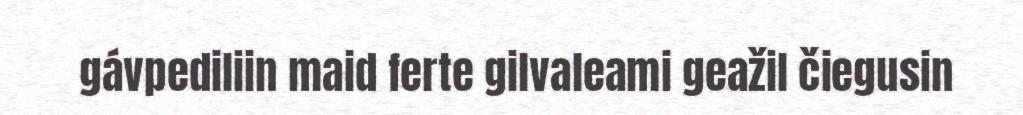
gávpediliin maid ferte gilvaleami geažil čiegusin